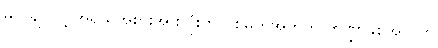
မလိုချင်လို့ အရွယ်အစားအားလုံးကို ပစ်မှတ်အတွက် ဘဏ္ဍာနှစ်အလိုက်